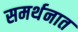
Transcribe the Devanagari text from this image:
समर्थनात